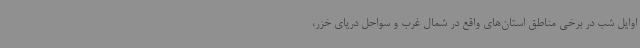
اوایل شب در برخی مناطق استان‌های واقع در شمال غرب و سواحل دریای خزر،